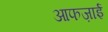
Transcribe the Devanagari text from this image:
आफज़ाई